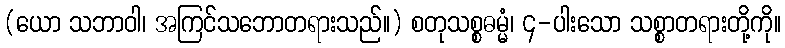
(ယော သဘာဝါ၊ အကြင်သဘောတရားသည်။) စတုသစ္စဓမ္မံ၊ ၄-ပါးသော သစ္စာတရားတို့ကို။